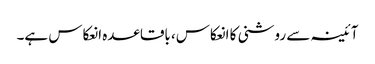
آئینہ سے روشنی کا انعکاس، باقاعدہ انعکاس ہے۔